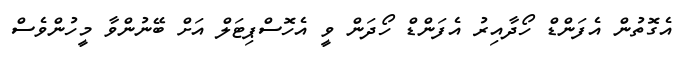
އެގޮތުން އެފަންޑް ހޯދާއިރު އެފަންޑް ހޯދަން ވީ އެހޮސްޕިޓަލް އަށް ބޭނުންވާ މީހުންވެސް